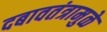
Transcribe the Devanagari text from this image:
दबावतंत्रामुळे